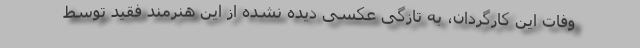
وفات این کارگردان، به تازگی عکسی دیده نشده از این هنرمند فقید توسط